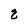
Character: 8